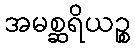
အမစ္ဆရိယဉ္စ